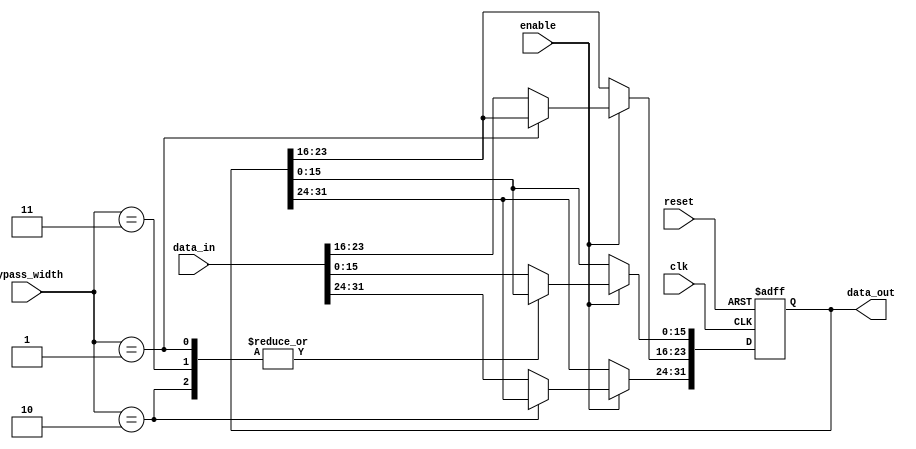
module VariableWidthBypassRegister (
    input clk,
    input reset,
    input [31:0] data_in,
    input enable,
    input [3:0] bypass_width,
    output reg [31:0] data_out
);

reg [31:0] storage_reg;

always @(posedge clk or posedge reset) begin
    if (reset) begin
        storage_reg <= 32'h0;
    end else begin
        if (enable) begin
            case (bypass_width)
                4'b0000: storage_reg <= data_in;
                4'b0001: storage_reg[31:24] <= data_in[31:24];
                4'b0010: storage_reg[23:16] <= data_in[23:16];
                4'b0011: storage_reg[31:16] <= data_in[31:16];
                // Add more cases for different bypass widths as needed
                default: storage_reg <= data_in;
            endcase
        end
    end
end

assign data_out = storage_reg;

endmodule